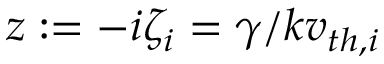
z : = - i \zeta _ { i } = \gamma / k v _ { t h , i }